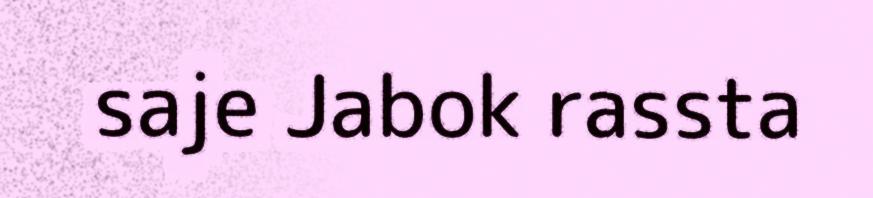
saje Jabok rassta